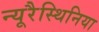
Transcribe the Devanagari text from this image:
न्यूरैस्थिनिया